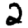
Digit: 2